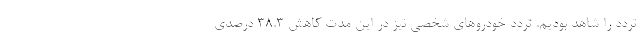
تردد را شاهد بودیم. تردد خودروهای شخصی نیز در این مدت کاهش ۳۸.۳ درصدی